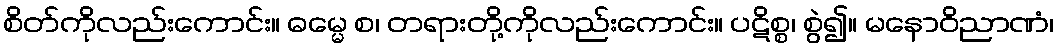
စိတ်ကိုလည်းကောင်း။ ဓမ္မေ စ၊ တရားတို့ကိုလည်းကောင်း။ ပဋိစ္စ၊ စွဲ၍။ မနောဝိညာဏံ၊